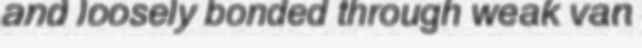
and loosely bonded through weak van